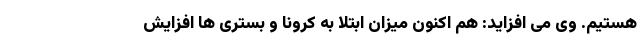
هستیم. وی می افزاید: هم اکنون میزان ابتلا به کرونا و بستری ها افزایش